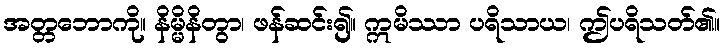
အတ္တဘောကို။ နိမ္မိနိတွာ၊ ဖန်ဆင်း၍။ ဣမိဿာ ပရိသာယ၊ ဤပရိသတ်၏။